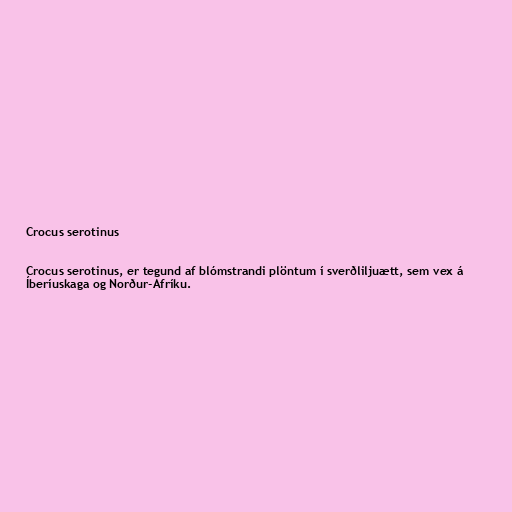
Crocus serotinus

Crocus serotinus, er tegund af blómstrandi plöntum í sverðliljuætt, sem vex á
Íberíuskaga og Norður-Afríku.